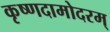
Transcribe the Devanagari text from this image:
कृष्णदामोदरम्